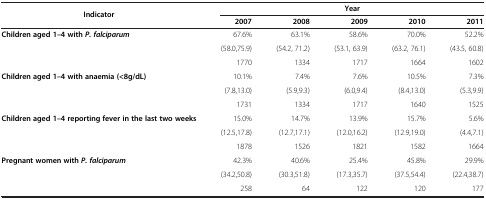
| <ROWSPAN=2> Indicator | <COLSPAN=5> Year |
 | 2007 | 2008 | 2009 | 2010 | 2011 |
 | --- | --- | --- | --- | --- | --- |
 | <ROWSPAN=3> Children aged 1–4 with P. falciparum | 67.6% | 63.1% | 58.6% | 70.0% | 52.2% |
 | (58.0,75.9) | (54.2, 71.2) | (53.1, 63.9) | (63.2, 76.1) | (43.5, 60.8) |
 | 1770 | 1334 | 1717 | 1664 | 1602 |
 | <ROWSPAN=3> Children aged 1–4 with anaemia (<8g/dL) | 10.1% | 7.4% | 7.6% | 10.5% | 7.3% |
 | (7.8,13.0) | (5.9,9.3) | (6.0,9.4) | (8.4,13.0) | (5.3,9.9) |
 | 1731 | 1334 | 1717 | 1640 | 1525 |
 | <ROWSPAN=3> Children aged 1–4 reporting fever in the last two weeks | 15.0% | 14.7% | 13.9% | 15.7% | 5.6% |
 | (12.5,17.8) | (12.7,17.1) | (12.0,16.2) | (12.9,19.0) | (4.4,7.1) |
 | 1878 | 1526 | 1821 | 1582 | 1664 |
 | <ROWSPAN=3> Pregnant women with P. falciparum | 42.3% | 40.6% | 25.4% | 45.8% | 29.9% |
 | (34.2,50.8) | (30.3,51.8) | (17.3,35.7) | (37.5,54.4) | (22.4,38.7) |
 | 258 | 64 | 122 | 120 | 177 |